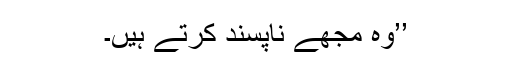
’’وہ مجھے ناپسند کرتے ہیں۔